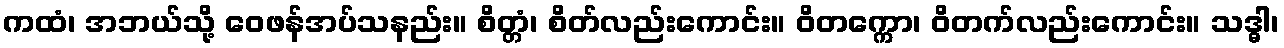
ကထံ၊ အဘယ်သို့ ဝေဖန်အပ်သနည်း။ စိတ္တံ၊ စိတ်လည်းကောင်း။ ဝိတက္ကော၊ ဝိတက်လည်းကောင်း။ သဒ္ဓါ၊